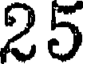
25